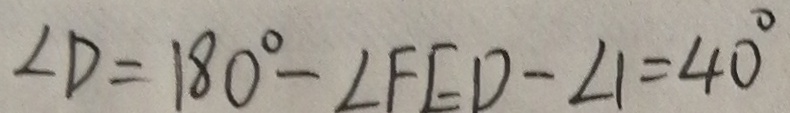
\angle D = 1 8 0 ^ { \circ } - \angle F E D - \angle 1 = 4 0 ^ { \circ }